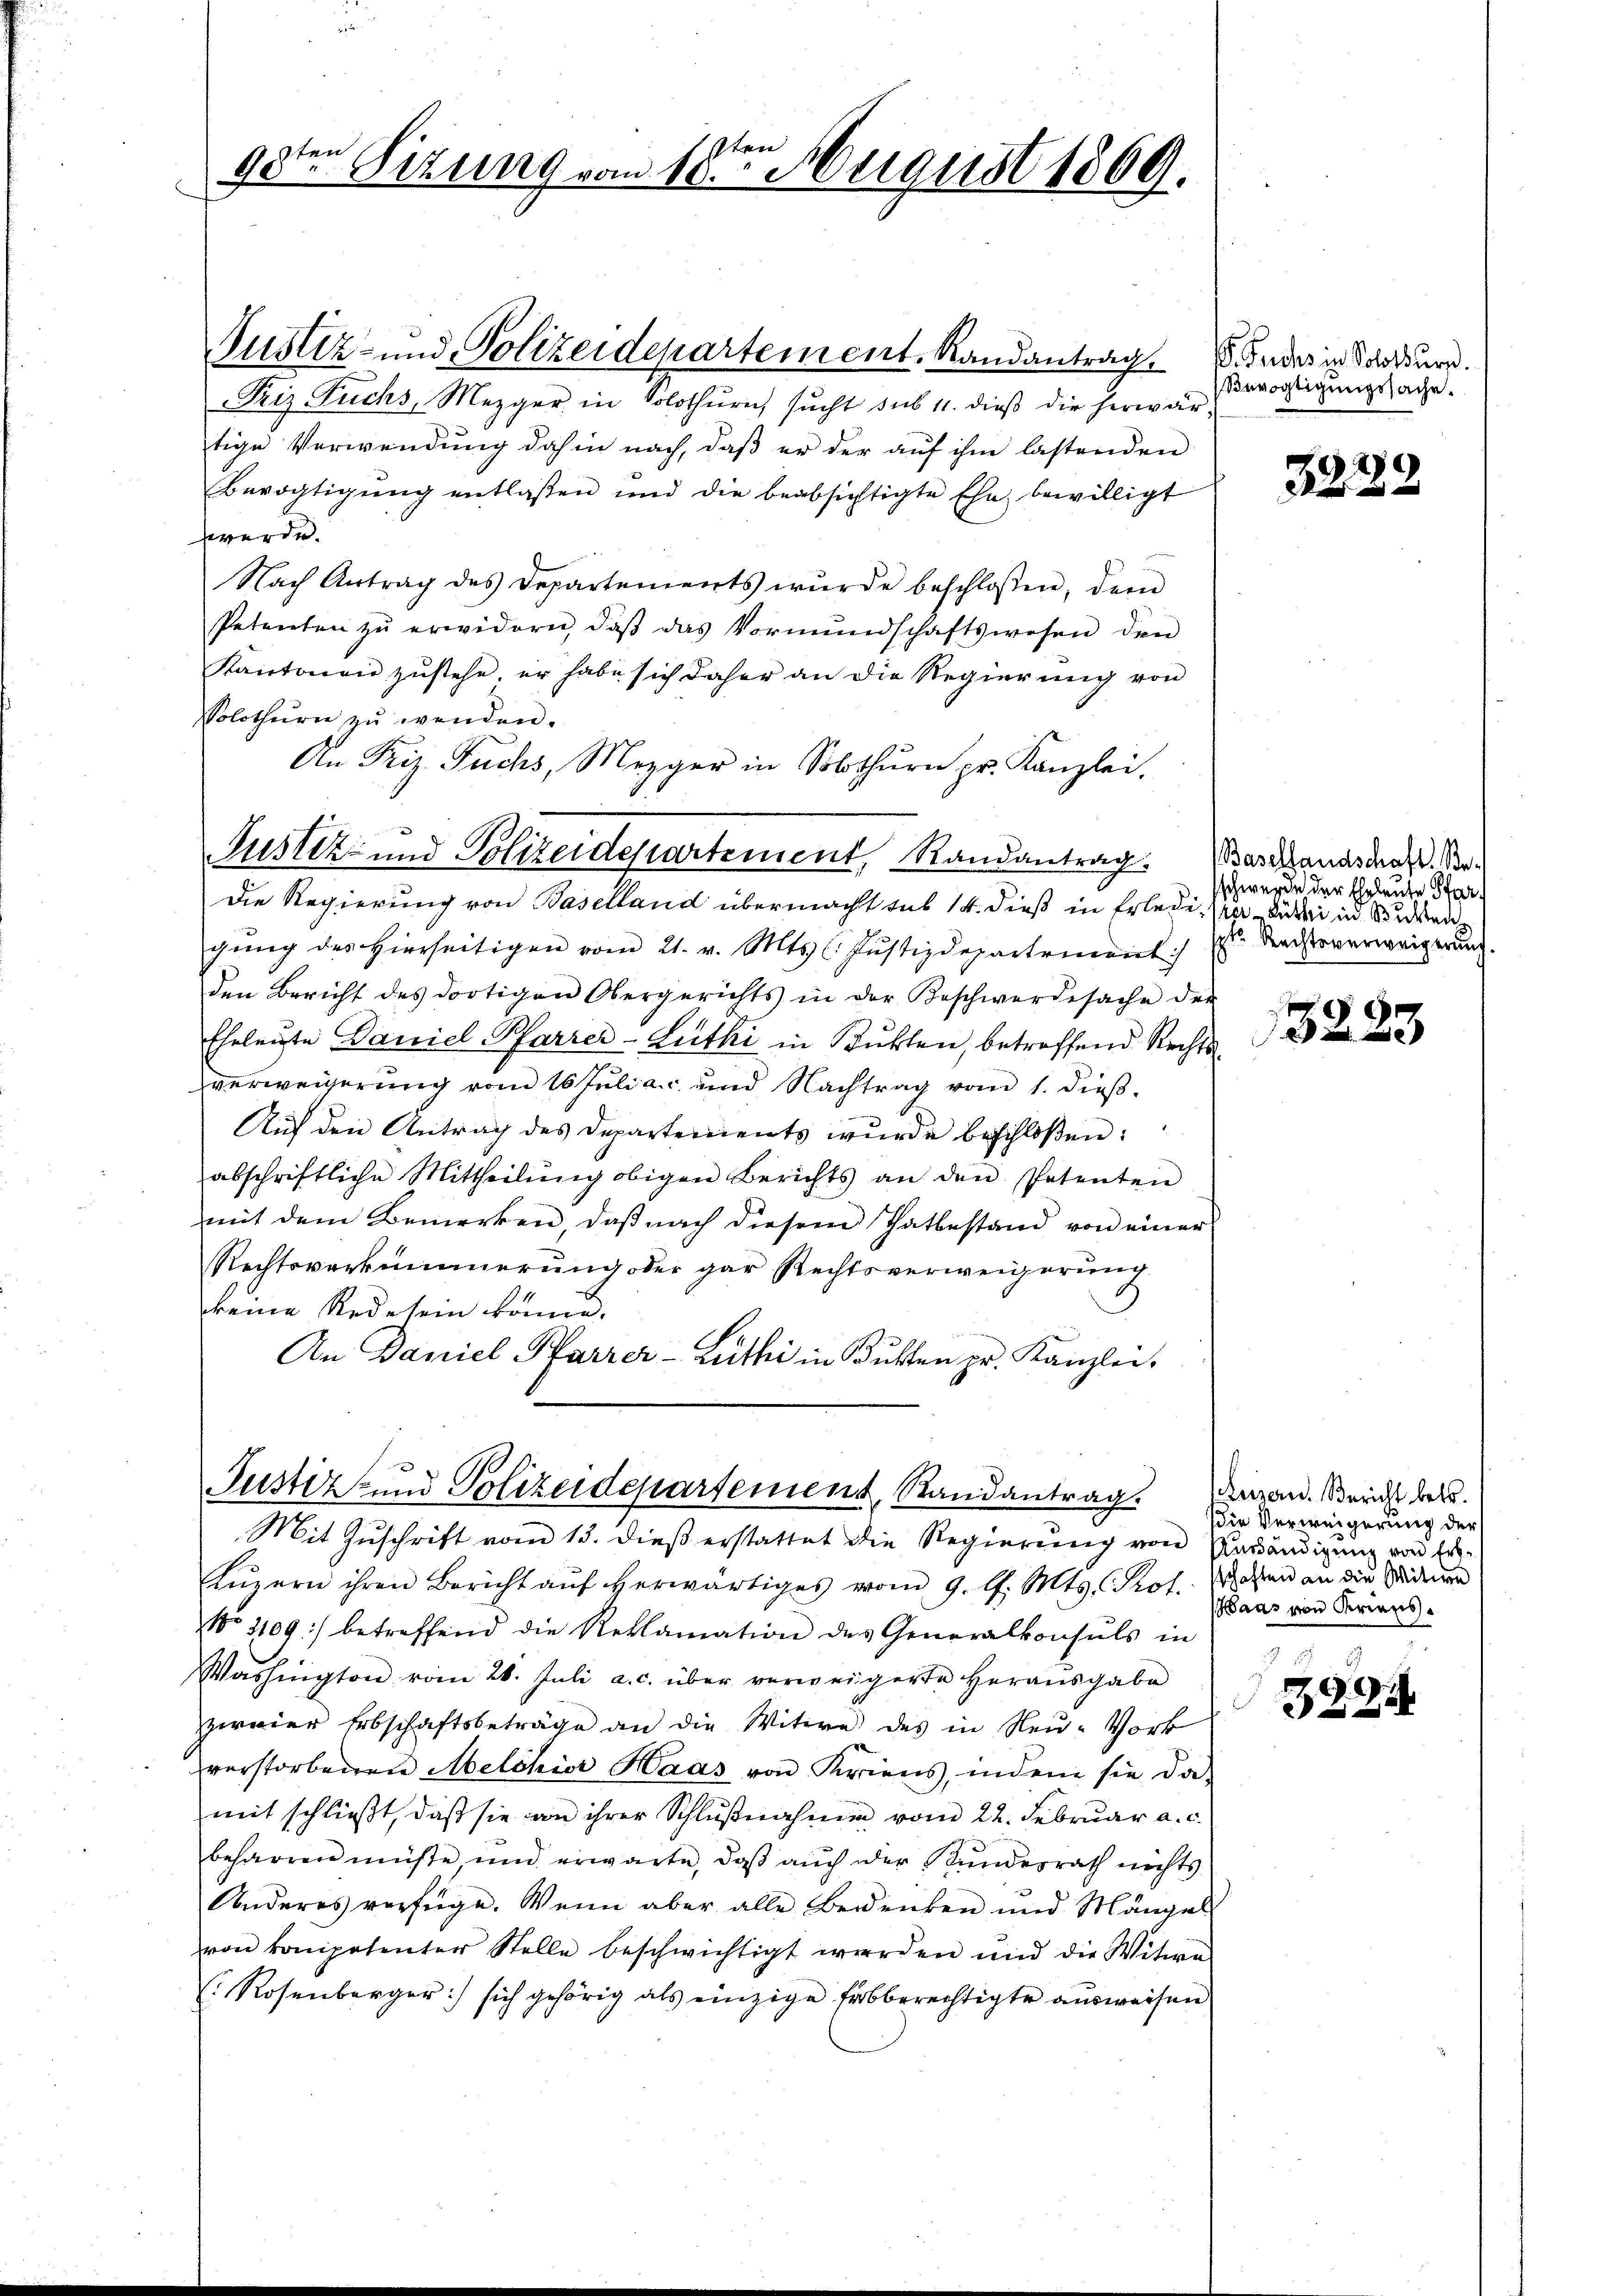
e
9sten Sitzung vom 10. August 1869.

Justiz- und Polizeidepartement. Randantrag d. Jedes in Satur.
Friz Fuchs, Mezger in Solothurn sŭcht sub 11. dieβ die herwärtige Verwendung dahin nach, daβ er der aŭf ihm lastenden
Bevogtigŭng entlassen und die beabsichtigte Ehe bewilligt
werde.
Nach Antrag des Departements wŭrde beschlossen, dem
Petenten zŭ erwidern, daβ das Vormŭndschaftswesen den
Kantonen zustehe, er habe sich daher an die Regierung von
Solothurn zŭ wenden.
An Friz. Fuchs, Mezger in Solothurn pr. Kanzlei.
Die Regierung von Baselland übermacht sub 14. dieß in Erlede, sie dabei in Studen
gŭng des hierseitigen vom 21. v. Mts. (: Justizdepartement
den Bericht des dortigen Obergerichts in der Beschwerdesache der
Eheleute Daniel Pfarrer-Lutki in Stukten, betreffend Rechtsverweigerung vom 16 Juliac und Nachtrag vom 1. dieβ.
Aŭf den Antrag des Departements wurde beschloßen:
abschriftliche Mittheilŭng obigen Berichts an den Petenten
mit dem Bemerken, daß nach diesem Thatbestand von einer
Rechtsverkümmerung oder gar Rechtsverweigerŭng
keine Rede sein können.
An Daniel Karrer-Büthi in Butten pr. Kanzlei.

Justiz- und Polizeidepartement, Randantrag

Justiz- und Polizeidepartement, Randantrag.

Mit Zuschrift vom 13. dieß erstattet die Regierung von Anständigung von Er¬
Lŭzern ihren Bericht aŭf herwärtiges vom 9. d. Mts. Prof. Wohlen an die Wideren
No 1109) betreffend die Reklamation des Generalkonsuls in
Washington vom 26. Juli a. c. über verweigerte herausgabe
zervier Erbschaftsbeträge an die Witwe des in Neu- Vork
verstorbenen Melchior Haas von Kriens, indem sie da-
mit schließt, daß sie von ihrer Schlußnahmen vom 22. Februar a. c.
beharren müße und erwärte, daβ aŭch der Stundesrath nichts
Anderes verfüge. Wenn aber alle Bedenken und Mängel
on kompetenter Stelle beschwichtigt werden und die Witwe
Rosenberger) sich gehörig als einzige Erbberechtigte ausweisen

Bevogtigungssache.

3222

Basellandschaft Besschwerde der Eheleute Pfar
ptr. Rechtsverweigerung.

3223

heizern. Bericht betr.
die Verweigerung der
Haas von Kriens

3924.